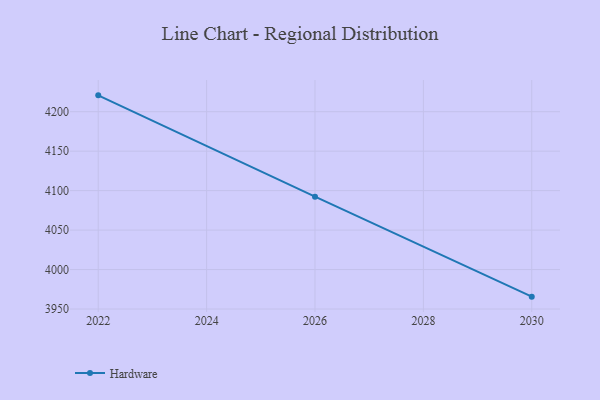
{"axis": {"x": "Year", "y": "Backlog"}, "legend": ["Hardware"], "data": [{"x": "2022", "y": 4220.7, "type": "Hardware"}, {"x": "2026", "y": 4092.3, "type": "Hardware"}, {"x": "2030", "y": 3965.7, "type": "Hardware"}]}